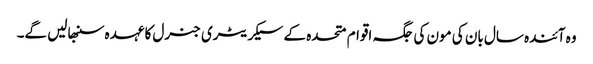
وہ آئندہ سال بان کی مون کی جگہ اقوام متحدہ کے سیکریٹری جنرل کا عہدہ سنبھالیں گے۔